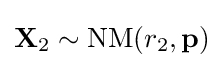
\mathbf {X} _{2}\sim \mathrm {NM} (r_{2},\mathbf {p} )